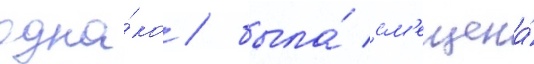
одна́ко / была́ см'ещена́